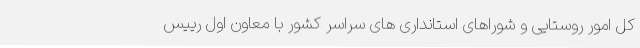
کل امور روستایی و شوراهای استانداری های سراسر کشور با معاون اول رییس